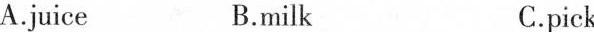
A.juice B.milk C.pick